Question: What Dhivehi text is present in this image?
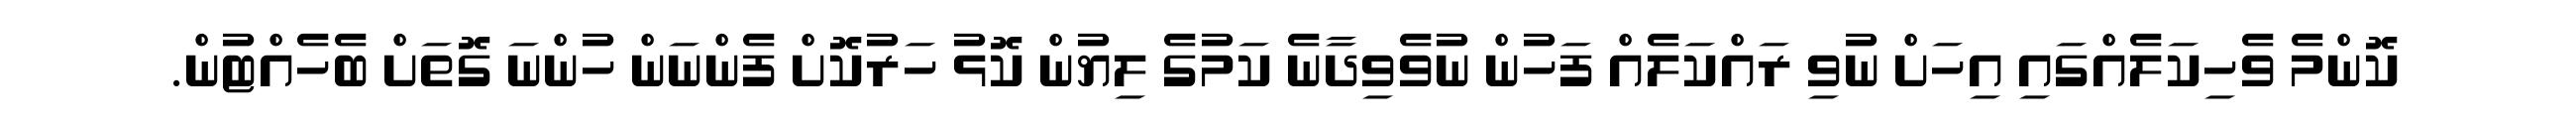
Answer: ކޮންމެ ވެހިކަލެއްގައި އިހަށް ނުވި ރައްކަލެއް ފަހުން ނުވެވިދާނެ ކަމުގެ ލިޔުން ކޮޅު ހަރުކޮށް ފެންނަން ހުންނަ ގޮތަށް ބެހެއްޓުން.